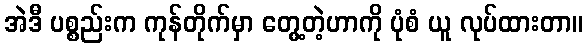
အဲဒီ ပစ္စည်းက ကုန်တိုက်မှာ တွေ့တဲ့ဟာကို ပုံစံ ယူ လုပ်ထားတာ။